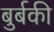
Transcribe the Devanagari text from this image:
बुर्बकी